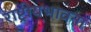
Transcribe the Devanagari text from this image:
राष्ट्रीयभावना